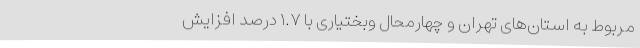
مربوط به استان­­‌های­ تهران و چهارمحال وبختیاری با ١.۷ درصد افزایش